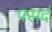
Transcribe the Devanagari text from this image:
पसदं